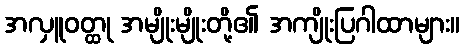
အလှူဝတ္ထု အမျိုးမျိုးတို့၏ အကျိုးပြဂါထာများ။